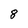
Character: 8